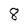
Character: 8